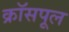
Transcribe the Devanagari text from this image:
क्रॉसपूल